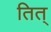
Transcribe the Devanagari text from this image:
तित्